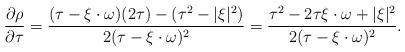
LaTeX: \begin{align*} \frac{\partial \rho}{\partial \tau} = \frac{(\tau - \xi \cdot \omega)(2\tau) - (\tau^2 - |\xi|^2)}{2(\tau - \xi \cdot \omega)^2} = \frac{\tau^2 - 2\tau \xi \cdot \omega + |\xi|^2}{2(\tau - \xi \cdot \omega)^2}.\end{align*}